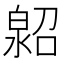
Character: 𤾌